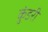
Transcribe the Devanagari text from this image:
कुंडरी